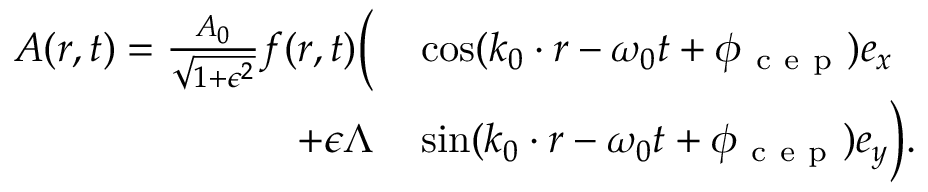
\begin{array} { r l } { \boldsymbol { A } ( \boldsymbol { r } , t ) = \frac { A _ { 0 } } { \sqrt { 1 + \epsilon ^ { 2 } } } f ( \boldsymbol { r } , t ) \biggl ( } & { { } \cos ( \boldsymbol { k } _ { 0 } \cdot \boldsymbol { r } - \omega _ { 0 } t + \phi _ { \mathrm { ~ c ~ e ~ p ~ } } ) \boldsymbol { e _ { x } } } \\ { + \epsilon \Lambda } & { { } \sin ( \boldsymbol { k } _ { 0 } \cdot \boldsymbol { r } - \omega _ { 0 } t + \phi _ { \mathrm { ~ c ~ e ~ p ~ } } ) \boldsymbol { e _ { y } } \biggr ) . } \end{array}